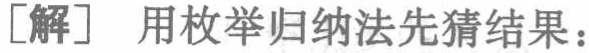
[解] 用枚举归纳法先猜结果：